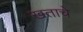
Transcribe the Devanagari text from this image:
खताचे